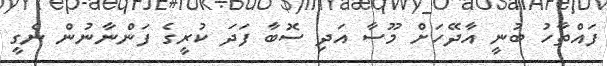
ފައްތާހު ބުނީ އާދޭހަށް މޫސާ އަދި ސޮބާ ފަދަ ކުރީގެ ފަންނާނުން ނެގީ